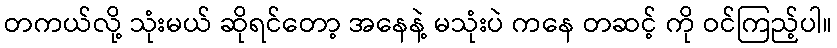
တကယ်လို့ သုံးမယ် ဆိုရင်တော့ အနေနဲ့ မသုံးပဲ ကနေ တဆင့် ကို ဝင်ကြည့်ပါ။